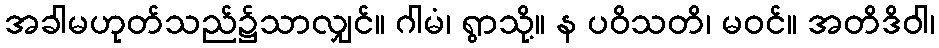
အခါမဟုတ်သည်၌သာလျှင်။ ဂါမံ၊ ရွာသို့။ န ပဝိသတိ၊ မဝင်။ အတိဒိဝါ၊